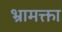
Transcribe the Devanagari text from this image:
भ्रामक्ता